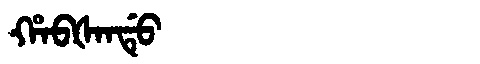
Manchu: ᡥᠠᠪᡧᠠᠨᡩᡠ
Romanization: HABŠANDU